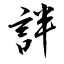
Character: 詊